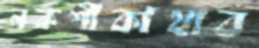
নকশীকাঁথার